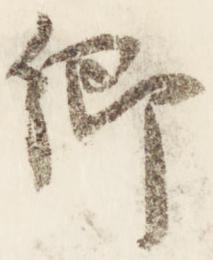
卿